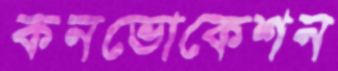
কনভোকেশন